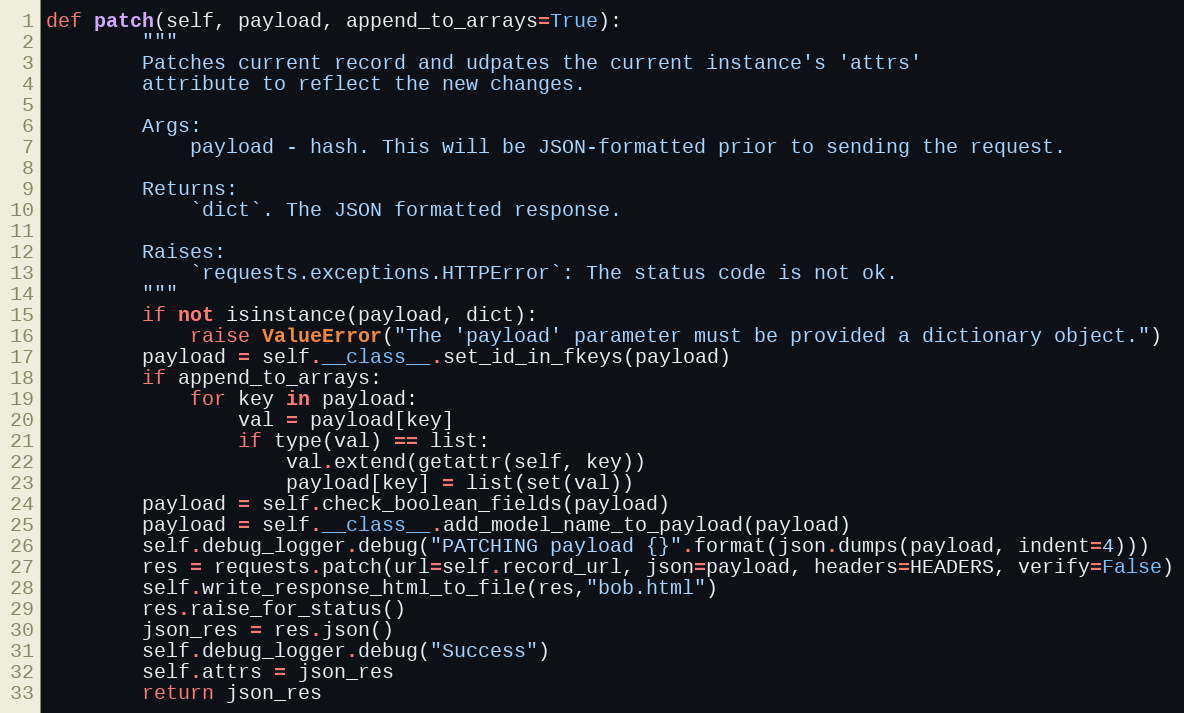
Language: Python
def patch(self, payload, append_to_arrays=True):
        """
        Patches current record and udpates the current instance's 'attrs'
        attribute to reflect the new changes.

        Args:
            payload - hash. This will be JSON-formatted prior to sending the request.

        Returns:
            `dict`. The JSON formatted response.

        Raises:
            `requests.exceptions.HTTPError`: The status code is not ok.
        """
        if not isinstance(payload, dict):
            raise ValueError("The 'payload' parameter must be provided a dictionary object.")
        payload = self.__class__.set_id_in_fkeys(payload)
        if append_to_arrays:
            for key in payload:
                val = payload[key]
                if type(val) == list:
                    val.extend(getattr(self, key))
                    payload[key] = list(set(val))
        payload = self.check_boolean_fields(payload)
        payload = self.__class__.add_model_name_to_payload(payload)
        self.debug_logger.debug("PATCHING payload {}".format(json.dumps(payload, indent=4)))
        res = requests.patch(url=self.record_url, json=payload, headers=HEADERS, verify=False)
        self.write_response_html_to_file(res,"bob.html")
        res.raise_for_status()
        json_res = res.json()
        self.debug_logger.debug("Success")
        self.attrs = json_res
        return json_res